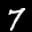
Label: 7